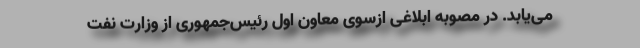
می‌یابد. در مصوبه ابلاغی ازسوی معاون اول رئیس‌جمهوری از وزارت نفت